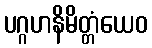
ပဂ္ဂဟနိမိတ္တံယေဝ